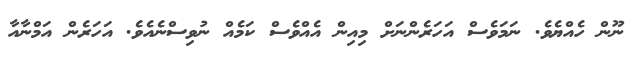
ނޫން ހެއްޔެވެ. ނަމަވެސް އަހަރެންނަށް މިއިން އެއްވެސް ކަމެއް ނުވިސްނެއެވެ. އަހަރެން އަމްނާއާ